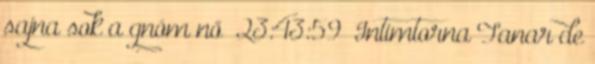
sajna sok a gnóm nő 23:43:59 Intimtorna Tanar de